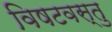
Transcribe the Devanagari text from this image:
विषटवस्तु